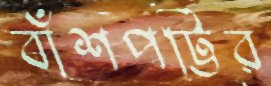
বাঁশপট্টির